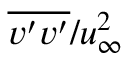
\overline { { v ^ { \prime } v ^ { \prime } } } / u _ { \infty } ^ { 2 }